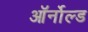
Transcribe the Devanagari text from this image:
ऑर्नोल्ड